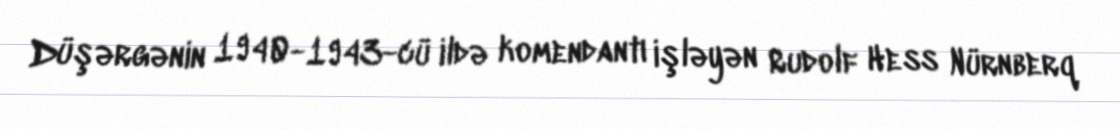
Düşərgənin 1940-1943-cü ildə komendantı işləyən Rudolf Hess Nürnberq